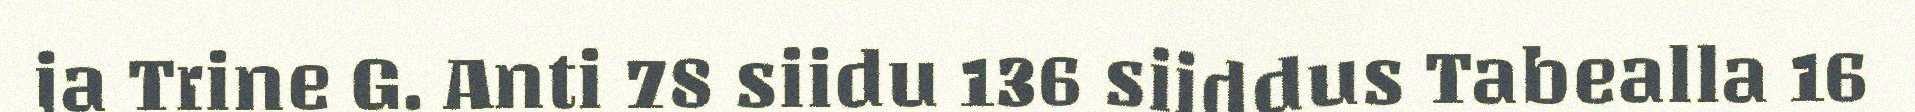
ja Trine G. Anti 78 siidu 136 siiddus Tabealla 16